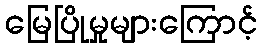
မြေပြိုမှုများကြောင့်